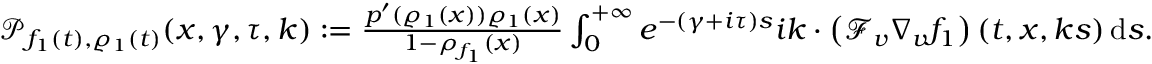
\begin{array} { r } { \mathcal { P } _ { f _ { 1 } ( t ) , \varrho _ { 1 } ( t ) } ( x , \gamma , \tau , k ) : = \frac { p ^ { \prime } ( \varrho _ { 1 } ( x ) ) \varrho _ { 1 } ( x ) } { 1 - \rho _ { f _ { 1 } } ( x ) } \int _ { 0 } ^ { + \infty } e ^ { - ( \gamma + i \tau ) s } i k \cdot \left( \mathcal { F } _ { v } \nabla _ { v } f _ { 1 } \right) ( t , x , k s ) \, \mathrm { d } s . } \end{array}